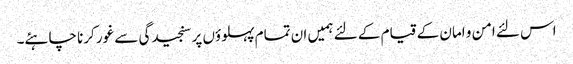
اس لئے امن و امان کے قیام کے لئے ہمیں ان تمام پہلوؤں پر سنجیدگی سے غور کرنا چاہئے۔